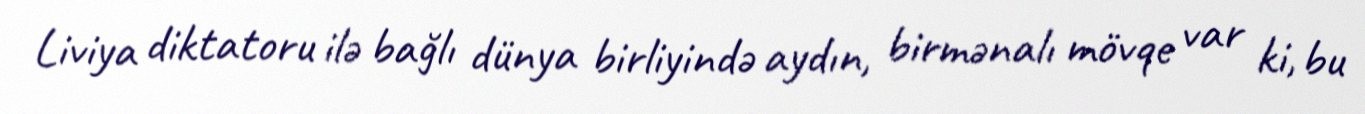
Liviya diktatoru ilə bağlı dünya birliyində aydın, birmənalı mövqe var ki, bu